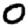
Digit: 0